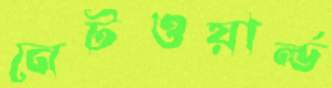
নেটওয়ার্ল্ড